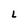
Character: L